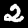
Label: 2